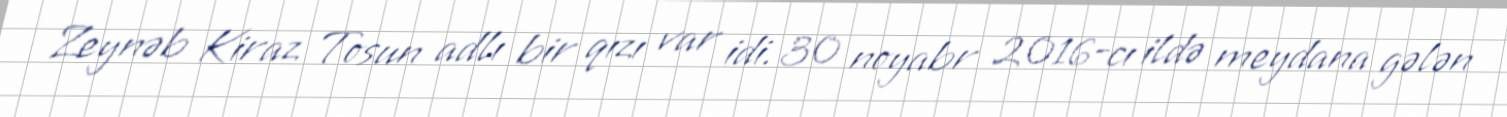
Zeynəb Kiraz Tosun adlı bir qızı var idi. 30 noyabr 2016-cı ildə meydana gələn